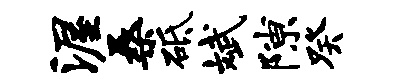
渥桑砥斌隙癸